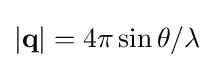
|\mathbf {q} |=4\pi \sin \theta /\lambda